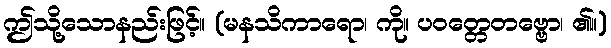
ဤသို့သောနည်းဖြင့်။ (မနသိကာရော၊ ကို။ ပဝတ္တေတဗ္ဗော၊ ၏။)